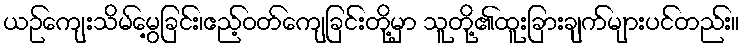
ယဉ်ကျေးသိမ်မွေ့ခြင်း၊ဧည့်ဝတ်ကျေခြင်းတို့မှာ သူတို့၏ထူးခြားချက်များပင်တည်း။